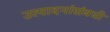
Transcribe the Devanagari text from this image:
उत्पादनांसंबधी